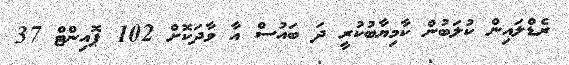
ރެޑްލައިން ކުލަބުން ކާމިޔާބުކުރީ ދަ ބައުސް އާ ވާދަކޮށް 102 ޕޮއިންޓް 37